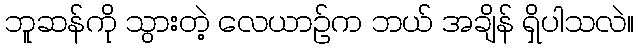
ဘူဆန်ကို သွားတဲ့ လေယာဉ်က ဘယ် အချိန် ရှိပါသလဲ။